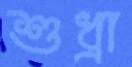
শুধ্‌রা